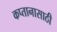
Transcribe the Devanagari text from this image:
कप्तानासाठी